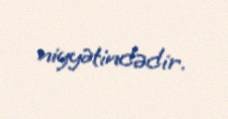
niyyətindədir.